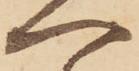
へ